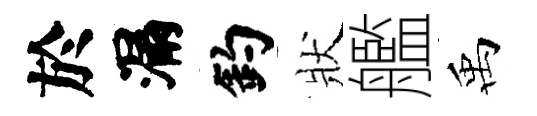
於漏釣狀艦禹